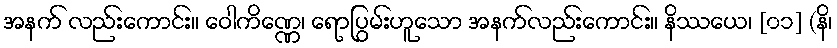
အနက် လည်းကောင်း။ ဝေါကိဏ္ဏေ၊ ရောပြွမ်းဟူသော အနက်လည်းကောင်း။ နိဿယေ၊ [၀၁] (နိ၊